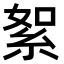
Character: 絮